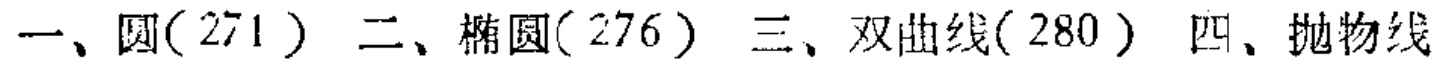
一、圆(271) 二、椭圆(276) 三、双曲线(280) 四、抛物线